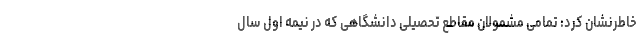
خاطرنشان کرد: تمامی مشمولان مقاطع تحصیلی دانشگاهی که در نیمه اول سال